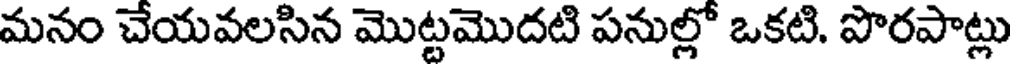
మనం చేయవలసిన మొట్టమొదటి పనుల్లో ఒకటి. పొరపాట్లు